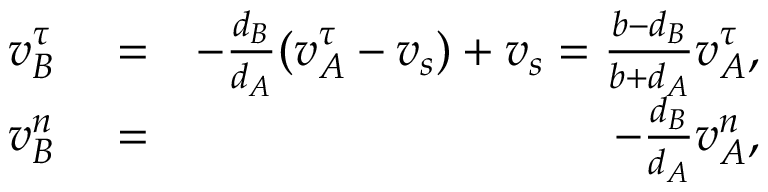
\begin{array} { r l r } { v _ { B } ^ { \tau } } & { { } = } & { - \frac { d _ { B } } { d _ { A } } ( v _ { A } ^ { \tau } - v _ { s } ) + v _ { s } = \frac { b - d _ { B } } { b + d _ { A } } v _ { A } ^ { \tau } , } \\ { v _ { B } ^ { n } } & { { } = } & { - \frac { d _ { B } } { d _ { A } } v _ { A } ^ { n } , } \end{array}